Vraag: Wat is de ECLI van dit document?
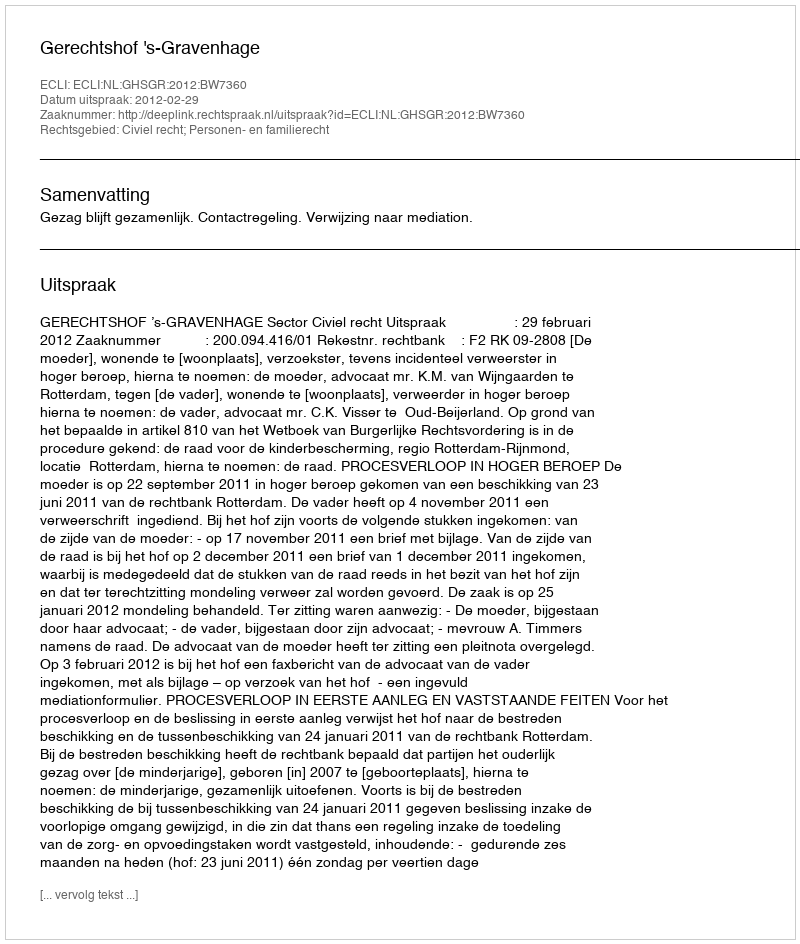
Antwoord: ECLI:NL:GHSGR:2012:BW7360